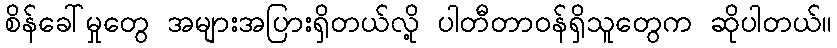
စိန်ခေါ်မှုတွေ အများအပြားရှိတယ်လို့ ပါတီတာဝန်ရှိသူတွေက ဆိုပါတယ်။